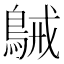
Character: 𪁫